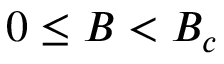
0 \le B < B _ { c }